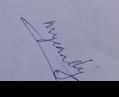
Signature authenticity: genuine